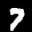
Label: 7